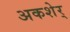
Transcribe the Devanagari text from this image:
अकशेर्